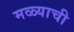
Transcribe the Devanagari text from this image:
मळ्याची